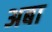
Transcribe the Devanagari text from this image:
अबा